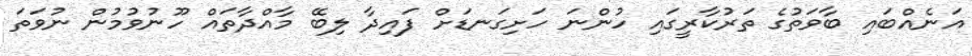
އަނެއްބައި ބާވަތުގެ ތަރުކާރީގައި ހުންނަ ހަށިގަނޑަށް ފައިދާ ލިބޭ މާއްދާތައް ހޫނުވުމުން ނުވަތަ